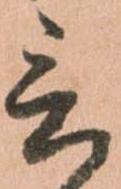
言